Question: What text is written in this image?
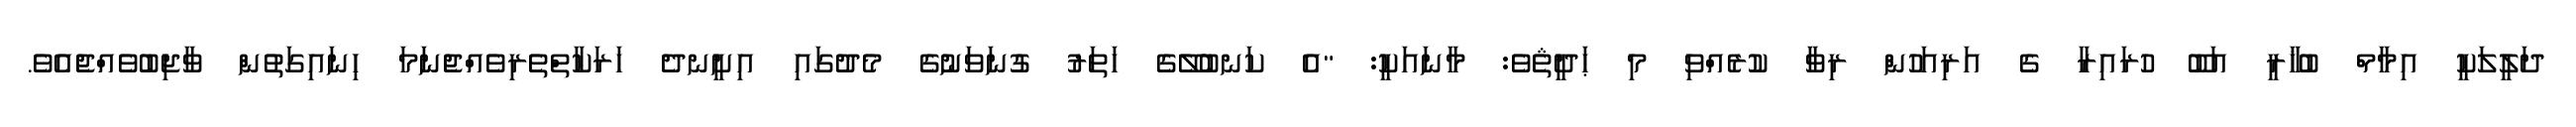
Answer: ދަލީލަކީ އިމާމް ބުޚާރީ އަބޫ ހުރައިރާ ގެ އަރިއަހުން ރިވާ ކުރެއްވި މި ޙަދީޘެވެ: މާނައަކީ: "އެ ކަނބުލޭގެ ހަތަރު ގުނަވަނުގެ މެދުގައި އިށީނދެ ހަރަކާތްތެރިވެއްޖެނަމަ ހިނައިގަތުން ވާޖިބުވެއްޖެއެވެ.